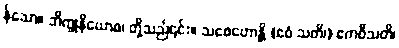
န်သော။ ဘိက္ခုနိယောစ၊ တို့သည်၎င်း။ သစေဟောန္တိ (ဧဝံ သတိ၊) ဧကဝီသတိ၊